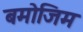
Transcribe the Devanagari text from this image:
बमोजिम